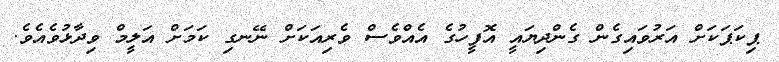
ޕިކަޕަކަށް އަރުވައިގެން ގެންދިޔައީ އޮފީހުގެ އެއްވެސް ވެރިއަަކަށް ނޭނގި ކަމަށް އަލީމް ވިދާޅުވެއެވެ.